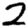
Digit: 2